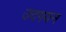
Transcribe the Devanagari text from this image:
उदगयन